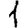
Digit: 1